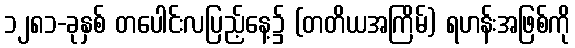
၁၂၈၁-ခုနှစ် တပေါင်းလပြည့်နေ့၌ (တတိယအကြိမ်) ရဟန်းအဖြစ်ကို